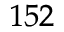
^ { 1 5 2 }